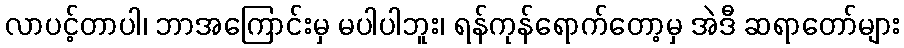
လာပင့်တာပါ၊ ဘာအကြောင်းမှ မပါပါဘူး၊ ရန်ကုန်ရောက်တော့မှ အဲဒီ ဆရာတော်များ